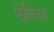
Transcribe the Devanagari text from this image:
छेतिया